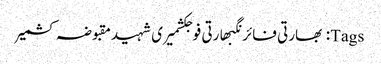
Tags: بھارتی فائرنگبھارتی فوجکشمیری شہیدمقبوضہ کشمیر